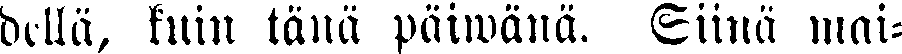
dellä, kuin tänä päiwänä. Siinä mai-